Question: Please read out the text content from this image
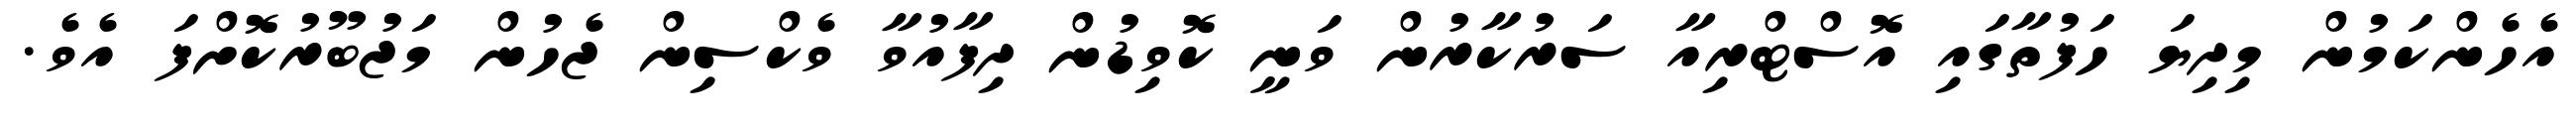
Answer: އެހެންކަމުން މިދިޔަ ހަފުތާގައި އޮސްޓްރިއާ ސަރުކާރުން ވަނީ ކޮވިޑުން ދިފާއުވާ ވެކްސިން ޖެހުން މަޖުބޫރުކޮށްފަ އެވެ.